Elephants and their diseases
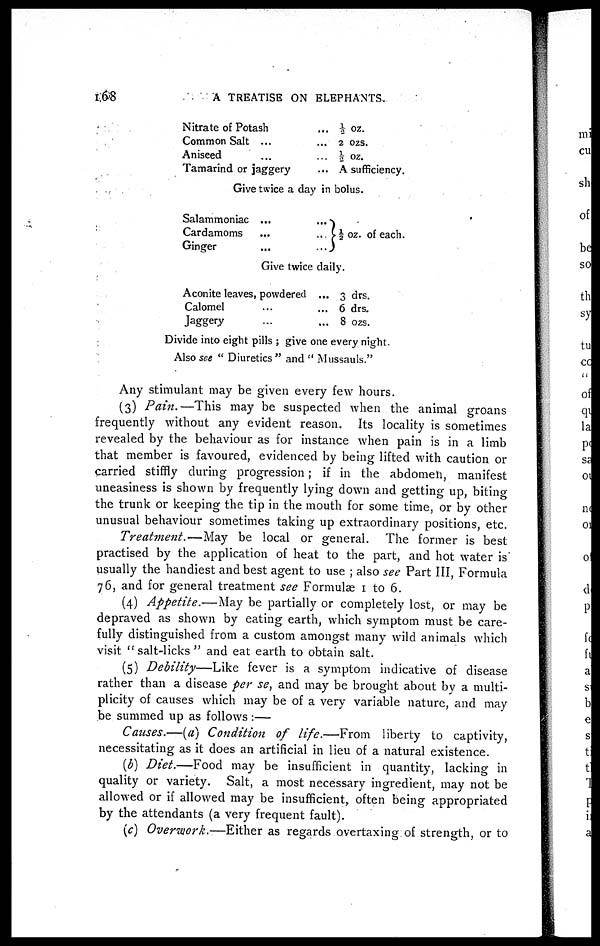
168
A TREATISE ON ELEPHANTS.
Nitrate of Potash
Common Salt ...
Aniseed
Tamarind or jaggery
... ½ oz.
...
2
ozs.
... ½ oz.
... A sufficiency.
Give twice a day in bolus.
Salammoniac ...
Cardamoms
Ginger
...½ oz. of each.
Give twice daily.
Aconite leaves, powdered
Calomel
Jaggery
... 3 drs.
... 6 drs.
... 8 ozs.
Divide into eight pills ; give one every night.
Also see " Diuretics " and " Mussauls."
Any stimulant may be given every few hours.
(3) Pain.—This
may be suspected when the animal groans
frequently without any evident reason. Its locality is sometimes
revealed by the behaviour as for instance when pain is in a limb
that member is favoured, evidenced by being lifted with caution or
carried stiffly during progression; if in the abdomen, manifest
uneasiness is shown by frequently lying down and getting up, biting
the trunk or keeping the tip in the mouth for some time, or by other
unusual behaviour sometimes taking up extraordinary positions, etc.
Treatment.—May
be local or general. The former is best
practised by the application of heat to the part, and hot water is
usually the handiest and best agent to use ; also see Part III, Formula
76, and for general treatment see Formulæ 1 to 6.
(4) Appetite.—May be partially or completely lost, or may be
depraved as shown by eating earth, which symptom must be care-
fully distinguished from a custom amongst many wild animals which
visit "salt-licks" and eat earth to obtain salt.
(5) Debility—Like
fever is a symptom indicative of disease
rather than a disease per se, and may be brought about by a multi-
plicity of causes which may be of a very variable nature, and may
be summed up as follows :—
Causes.—(a) Condition of life.—From
liberty to captivity,
necessitating as it does an artificial in lieu of a natural existence.
(b) Diet.—Food
may be insufficient in quantity, lacking in
quality or variety. Salt, a most necessary ingredient, may not be
allowed or if allowed may be insufficient, often being appropriated
by the attendants (a very frequent fault).
(c) Overwork.—Either
as regards overtaxing of strength, or to